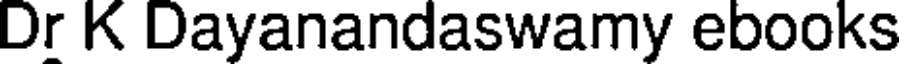
Dr K Dayanandaswamy ebooks